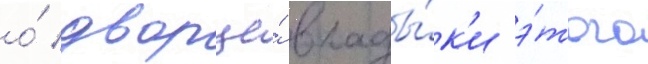
о́ дворце́ влады́к'и э́того